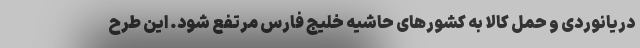
دریانوردی و حمل کالا به کشورهای حاشیه خلیج فارس مرتفع شود. این طرح